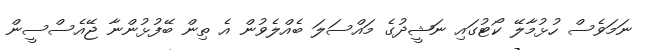
ނަމަވެސް ހުޅުމާލޭ ކޯޓުގައި ނަޝީދުގެ މައްސަލަ ބެއްލެވުން އެ ތިން ބޭފުޅުންނާ ޖޭއެސްސީން